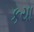
કયા